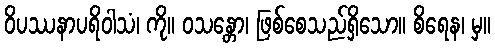
ဝိပဿနာပရိဝါသံ၊ ကို။ ဝသန္တော၊ ဖြစ်စေသည်ရှိသော။ စိရေန၊ မှ။